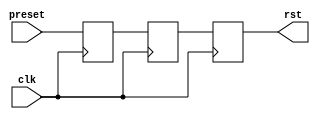
module ad_rst (

  // clock reset

  preset,
  clk,
  rst);

  // clock reset

  input           preset;
  input           clk;
  output          rst;

  // internal registers

  reg             ad_rst_sync_m1 = 'd0 /* synthesis preserve */;
  reg             ad_rst_sync = 'd0 /* synthesis preserve */;
  reg             rst = 'd0;

  // simple reset gen

  always @(posedge clk) begin
    ad_rst_sync_m1 <= preset;
    ad_rst_sync <= ad_rst_sync_m1;
    rst <= ad_rst_sync;
  end

endmodule